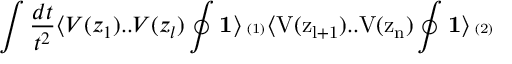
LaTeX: \int \frac { d t } { t ^ { 2 } } \langle V ( z _ { 1 } ) . . V ( z _ { l } ) \oint \bf { 1 } \mathrm { \rangle _ { \Sigma ^ { ( 1 ) } } \langle V ( z _ { l + 1 } ) . . V ( z _ { n } ) \oint \bf { 1 } \mathrm { \rangle _ { \Sigma ^ { ( 2 ) } } } }